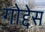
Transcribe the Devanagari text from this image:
गोद्देस